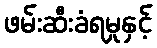
ဖမ်းဆီးခံရမှုနှင့်